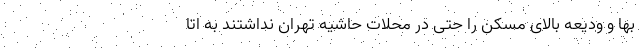
بها و ودیعه بالای مسکن را حتی در محلات حاشیه تهران نداشتند به اتا